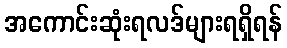
အကောင်းဆုံးရလဒ်များရရှိရန်